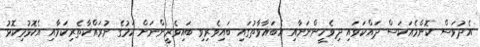
އެދުވަސް ކޮންމެއަކަސް ދައްކަވައި ދިވެހީންނަށާއި އެބަޣާވާތުގައި ބައިވެރިވި ބައިވެރީންނަށް ކަމުގެ ނުރައްކާތެރިކަމާއި އެކޮޅުމިކޮޅު